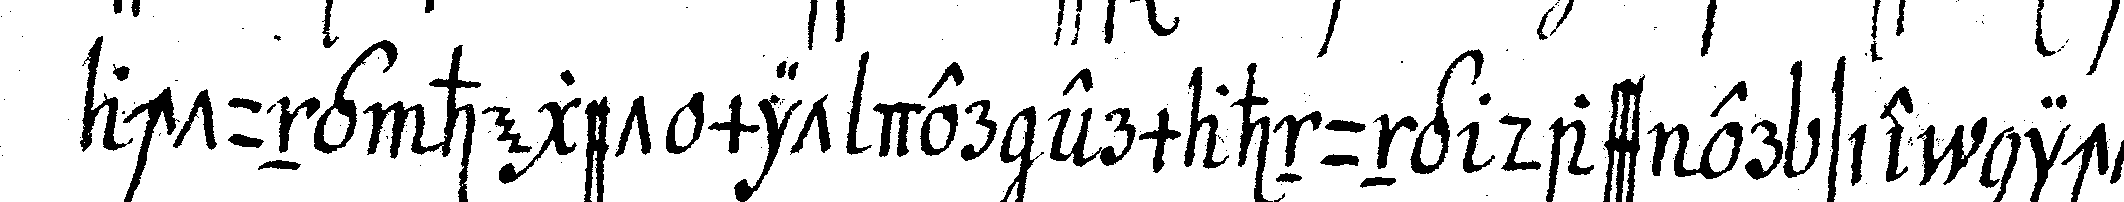
achtung heget mit der ermahnung dass er sie nicht